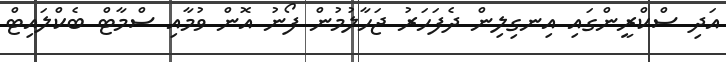
އަދި ސްކްރީންގައި އިނގިލިން ދެފަހަރު ޖަހާލުމުން ފޯނު އޮން ވުމާއި ސްމާޓް ބެކްލައިޓް